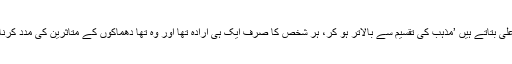
علی بتاتے ہیں ’مذہب کی تقسیم سے بالاتر ہو کر، ہر شخص کا صرف ایک ہی ارادہ تھا اور وہ تھا دھماکوں کے متاثرین کی مدد کرنا۔